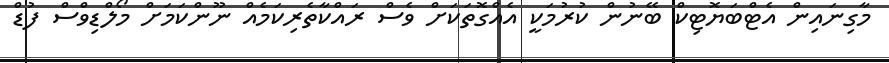
މާގިނައިން އެޓްބަޔޮޓިކް ބޭނުން ކުރުމަކީ އެއްގޮތަކަށް ވެސް ރައްކާތެރިކަމެއް ނޫންކަަމަށް މޯލްޑިވްސް ފުޑް